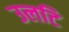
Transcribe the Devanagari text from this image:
उलटि